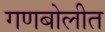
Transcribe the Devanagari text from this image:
गणबोलीत